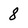
Character: 8